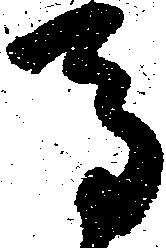
馬